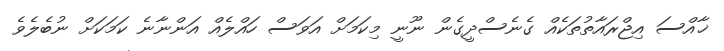
ޚާއްސަ އިޖްރައާތުތަކެއް ގެނެސްދީގެން ނޫނީ މިކަމަށް އަވަސް ހައްލެއް އަންނާނެ ކަމަކަށް ނުބެލެވެ